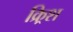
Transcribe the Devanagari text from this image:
क्र्रिश